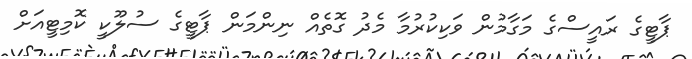
ޕާޓީގެ ރައީސްގެ މަގާމުން ވަކިކުރުމާ މެދު ގޮތެއް ނިންމަން ޕާޓީގެ ސުލޫކީ ކޮމިޓީއަށް